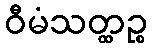
ဝီမံသတ္ထဉ္စ